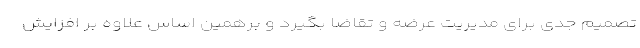
تصمیم جدی برای مدیریت عرضه و تقاضا بگیرد و برهمین اساس علاوه بر افزایش